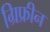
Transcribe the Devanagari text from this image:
ग्रिफ्रीन